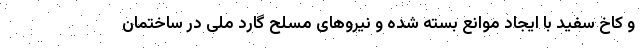
و کاخ سفید با ایجاد موانع بسته شده و نیروهای مسلح گارد ملی در ساختمان